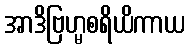
အာဒိဗြဟ္မစရိယိကာယ